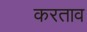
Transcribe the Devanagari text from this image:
करताव